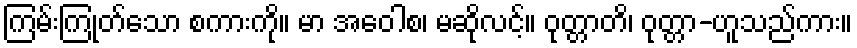
ကြမ်းကြုတ်သော စကားကို။ မာ အဝေါစ၊ မဆိုလင့်။ ဝုတ္တာတိ၊ ဝုတ္တာ-ဟူသည်ကား။